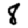
Digit: 8